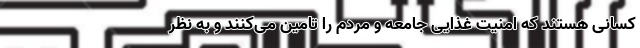
کسانی هستند که امنیت غذایی جامعه و مردم را تامین می‌کنند و به نظر